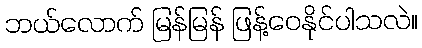
ဘယ်လောက် မြန်မြန် ဖြန့်ဝေနိုင်ပါသလဲ။